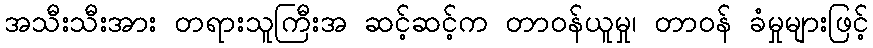
အသီးသီးအား တရားသူကြီးအ ဆင့်ဆင့်က တာဝန်ယူမှု၊ တာဝန် ခံမှုများဖြင့်